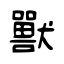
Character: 獸